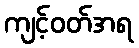
ကျင့်ဝတ်အရ